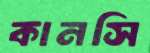
কানসি